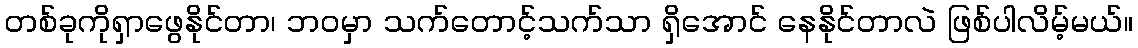
တစ်ခုကိုရှာဖွေနိုင်တာ၊ ဘဝမှာ သက်တောင့်သက်သာ ရှိအောင် နေနိုင်တာလဲ ဖြစ်ပါလိမ့်မယ်။